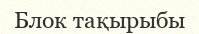
Блок тақырыбы